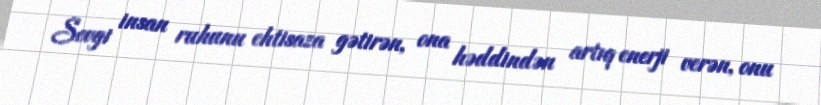
Sevgi insan ruhunu ehtisaza gətirən, ona həddindən artıq enerji verən, onu